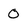
Character: 0